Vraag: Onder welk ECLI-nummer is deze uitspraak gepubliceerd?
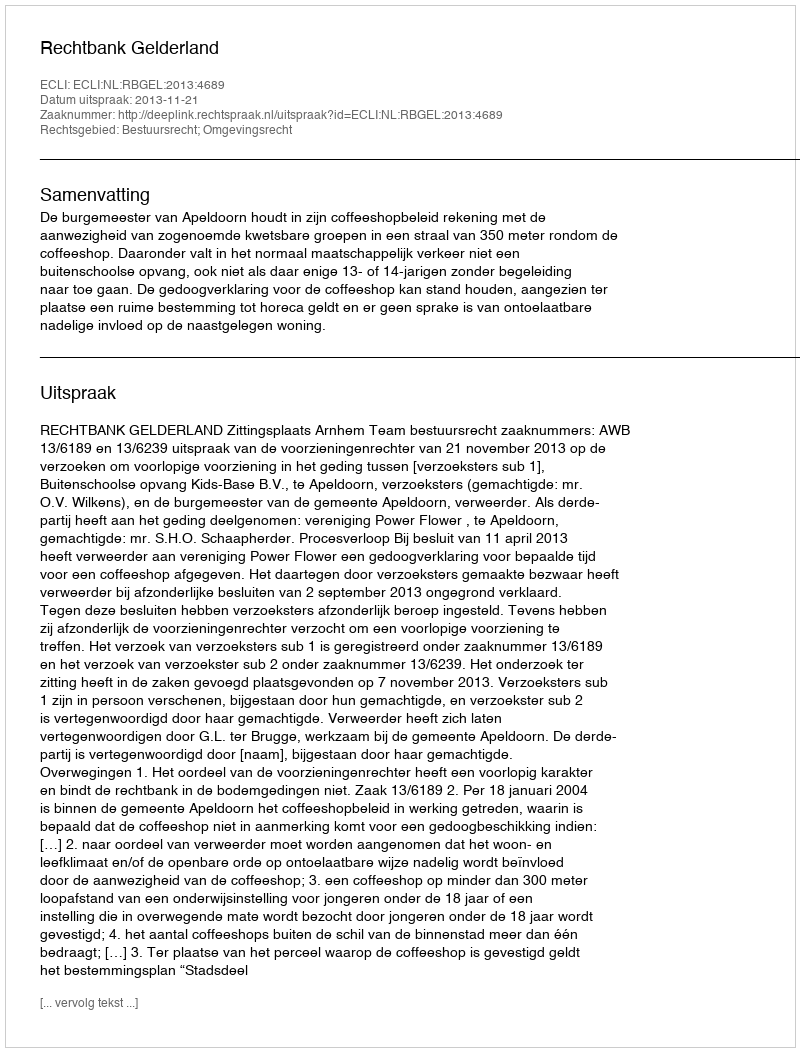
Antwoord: ECLI:NL:RBGEL:2013:4689